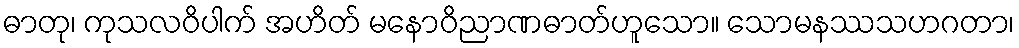
ဓာတု၊ ကုသလဝိပါက် အဟိတ် မနောဝိညာဏဓာတ်ဟူသော။ သောမနဿသဟဂတာ၊